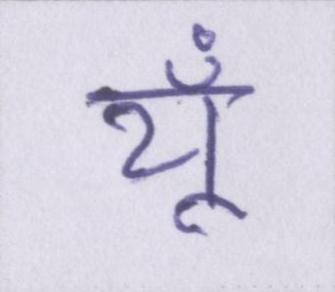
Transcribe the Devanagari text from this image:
यूँ